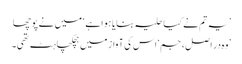
’یہ تم نے کیا حلیہ بنایا ہوا ہے ‘ میں نے پوچھا
’وہ در اصل، جم‘ اس کی آواز میں ہچکچاہٹ تھی۔